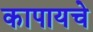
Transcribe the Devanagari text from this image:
कापायचे